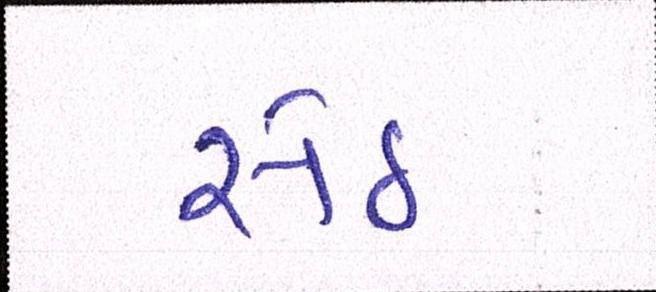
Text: સેઠ